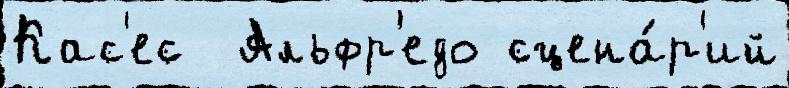
Кас'ес  Альфр'едо сцена́р'ий